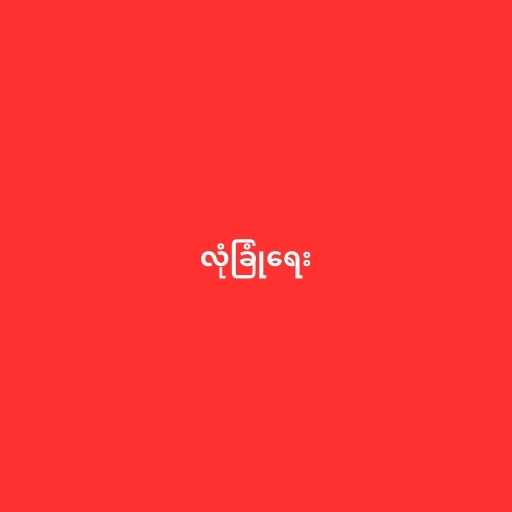
လုံခြုံရေး